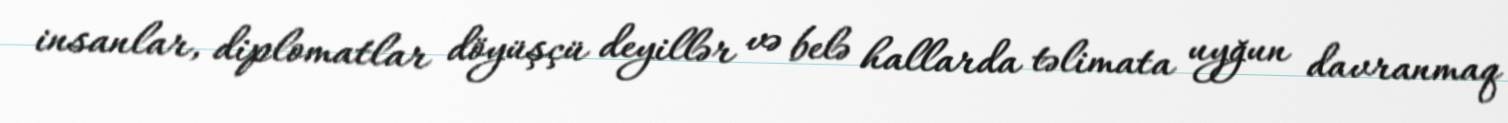
insanlar, diplomatlar döyüşçü deyillər və belə hallarda təlimata uyğun davranmaq